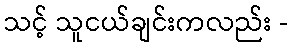
သင့် သူငယ်ချင်းကလည်း -